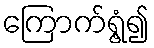
ကြောက်ရွံ့၍